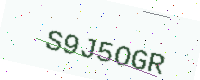
Text: S9J5OGR